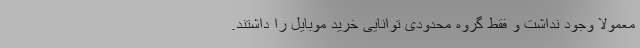
معمولا وجود نداشت و فقط گروه محدودی توانایی خرید موبایل را داشتند.